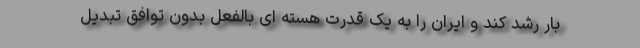
بار رشد کند و ایران را به یک قدرت هسته ای بالفعل بدون توافق تبدیل